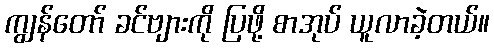
ကျွန်တော် ခင်ဗျားကို ပြဖို့ စာအုပ် ယူလာခဲ့တယ်။